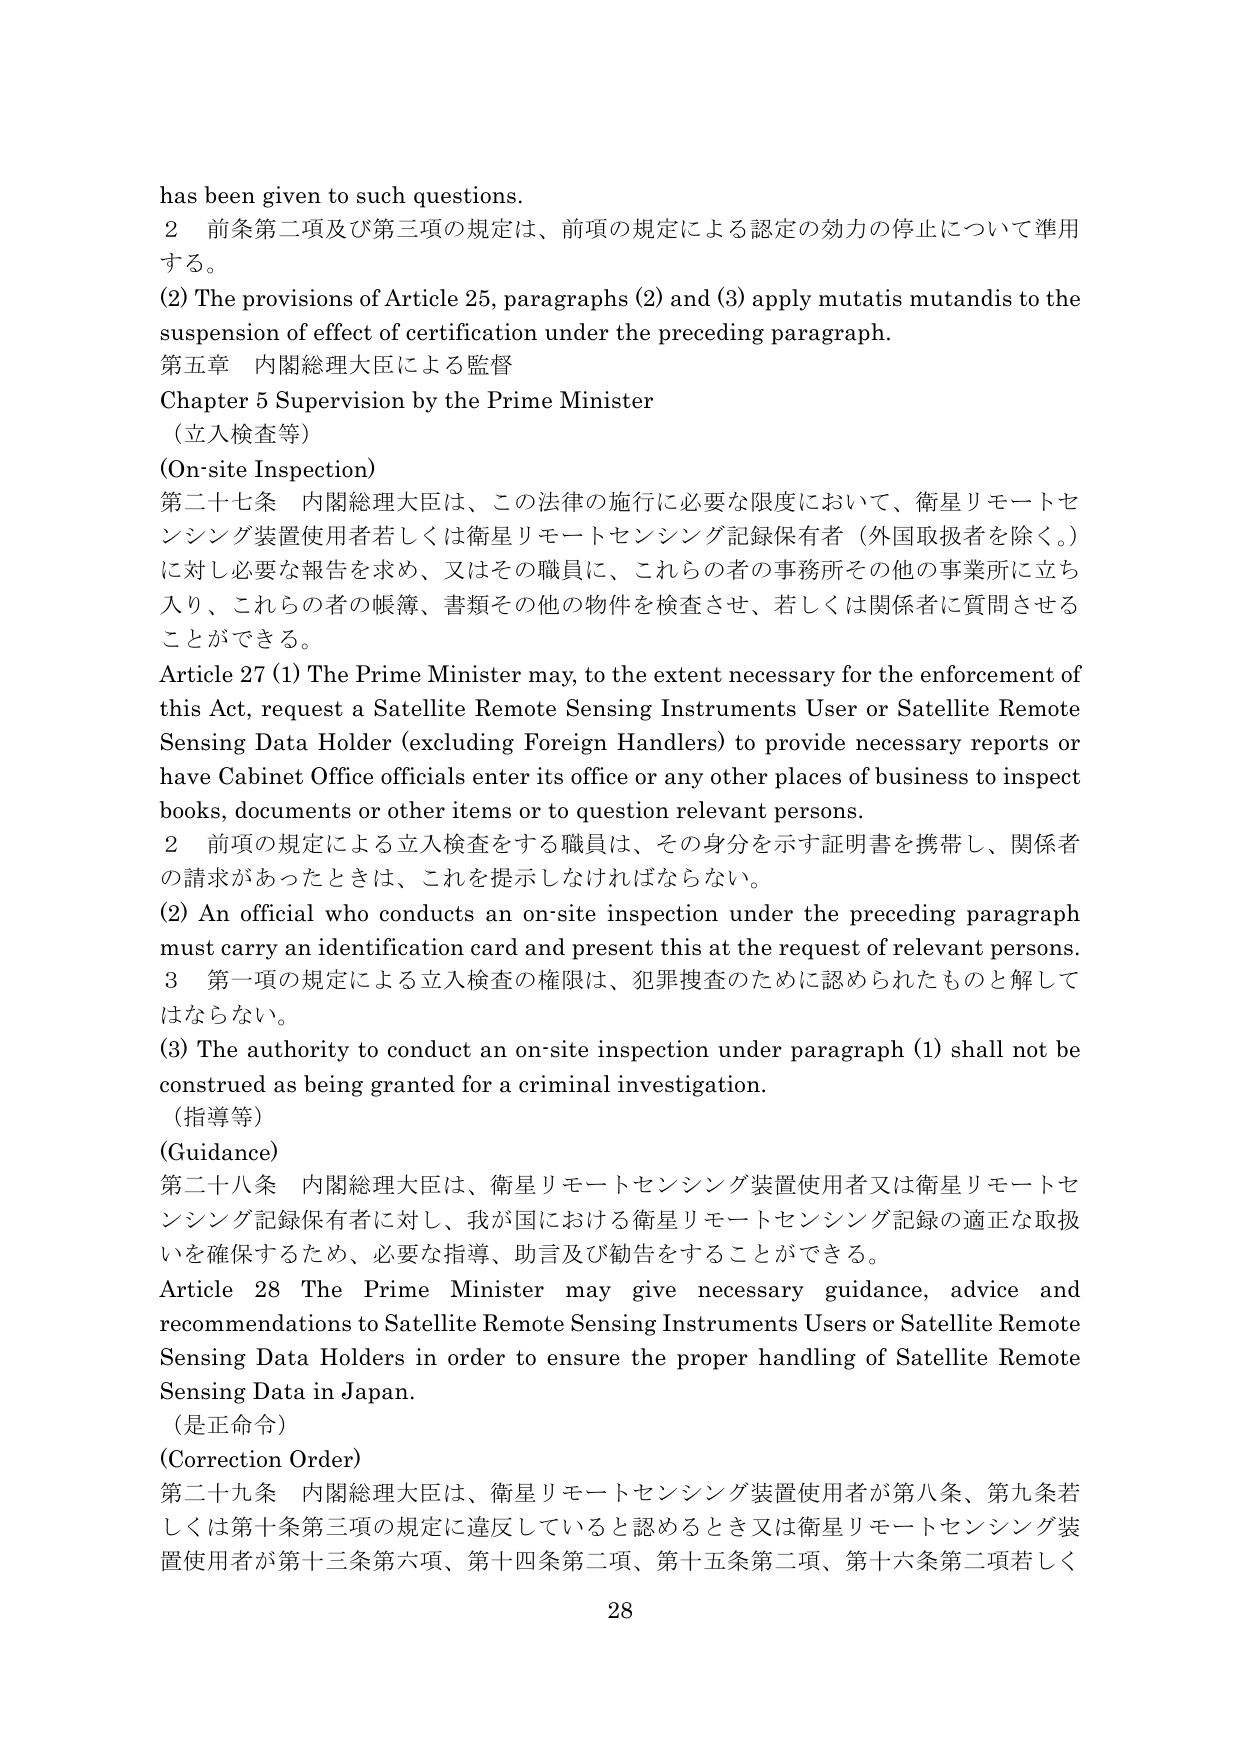
has been given to such questions.
2 前条第二項及び第三項の規定は、前項の規定による認定の効力の停止について準用する。
(2) The provisions of Article 25, paragraphs (2) and (3) apply mutatis mutandis to the suspension of effect of certification under the preceding paragraph.
第五章 内閣総理大臣による監督
Chapter 5 Supervision by the Prime Minister
（立入検査等）
(On-site Inspection)
第二十七条 内閣総理大臣は、この法律の施行に必要な限度において、衛星リモートセンシング装置使用者若しくは衛星リモートセンシング記録保有者（外国取扱者を除く。）に対し必要な報告を求め、又はその職員に、これら の者の事務所その他 の事業所に立ち入り、これらの者の帳簿、書類その他の物件を検査させ、若しくは関係者に質問させることができる。
Article 27 (1) The Prime Minister may, to the extent necessary for the enforcement of this Act, request a Satellite Remote Sensing Instruments User or Satellite Remote Sensing Data Holder (excluding Foreign Handlers) to provide necessary reports or have Cabinet Office officials enter its office or any other places of business to inspect books, documents or other items or to question relevant persons.
2 前項の規定による立入検査をする職員は、その身分を示す証明書を携帯し、関係者の請求があったときは、これを提示しなければならない。
(2) An official who conducts an on-site inspection under the preceding paragraph must carry an identification card and present this at the request of relevant persons.
3 第一項の規定による立入検査の権限は、犯罪捜査のために認められたものと解してはならない。
(3) The authority to conduct an on-site inspection under paragraph (1) shall not be construed as being granted for a criminal investigation.
（指導等）
(Guidance)
第二十八条 内閣総理大臣は、衛星リモートセンシング装置使用者又は衛星リモートセンシング記録保有者に対し、我が国における衛星リモートセンシング記録の適正な取扱いを確保するため、必要な指導、助言及び勧告をすることができる。
Article 28 The Prime Minister may give necessary guidance, advice and recommendations to Satellite Remote Sensing Instruments Users or Satellite Remote Sensing Data Holders in order to ensure the proper handling of Satellite Remote Sensing Data in Japan.
（是正命令）
(Correction Order)
第二十九条 内閣総理大臣は、衛星リモートセンシング装置使用者が第八条、第九条若しくは第十条第三項の規定に違反していると認めるとき又は衛星リモートセンシング装置使用者が第十三条第六項、第十四条第二項、第十五条第二項、第十六条第二項若しく
28